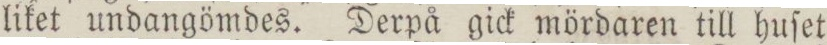
liket undangömdes. Derpå gick mördaren till huſet